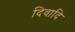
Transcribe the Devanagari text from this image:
दिवादि